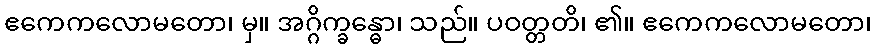
ဧကေကလောမတော၊ မှ။ အဂ္ဂိက္ခန္ဓော၊ သည်။ ပဝတ္တတိ၊ ၏။ ဧကေကလောမတော၊